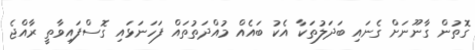
ގޮތުން ގާނޫނަށް ގެނައި ބަދަލުތަކާ އެކު ބައެއް މުއްދަތުތައް ފަހަނަޅައި ގޮސްފައިވާތީ ރާއްޖެ